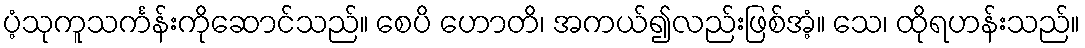
ပံ့သုကူသင်္ကန်းကိုဆောင်သည်။ စေပိ ဟောတိ၊ အကယ်၍လည်းဖြစ်အံ့။ သေ၊ ထိုရဟန်းသည်။